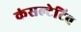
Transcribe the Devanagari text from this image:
कंसल्टेटिव